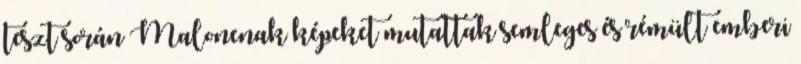
teszt során Malonenak képeket mutattak semleges és rémült emberi